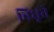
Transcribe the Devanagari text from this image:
विधृते